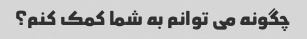
چگونه می توانم به شما کمک کنم؟